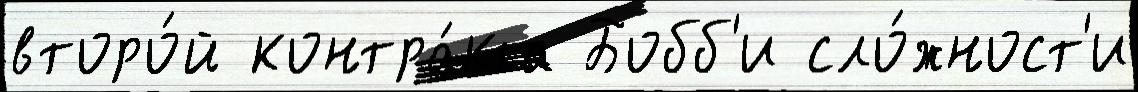
второ́й контра́кта Бобб'и сло́жност'и